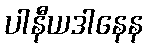
ပါနီယဒါနေန